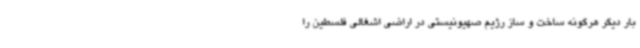
بار دیگر هرگونه ساخت و ساز رژیم صهیونیستی در اراضی اشغالی فلسطین را